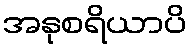
အနုစရိယာပိ